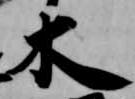
木